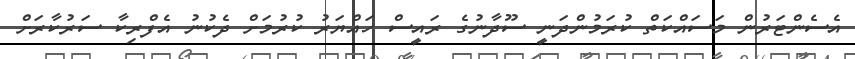
އެސެންޓަރުން މަސައްކަތް ކުރަމުންދަނީ ސޫދާނުގެ ރައީސް ހައްޔަރު ކުރުމަށް ދެކުނު އެފްރިކާ ސަރުކާރަށް